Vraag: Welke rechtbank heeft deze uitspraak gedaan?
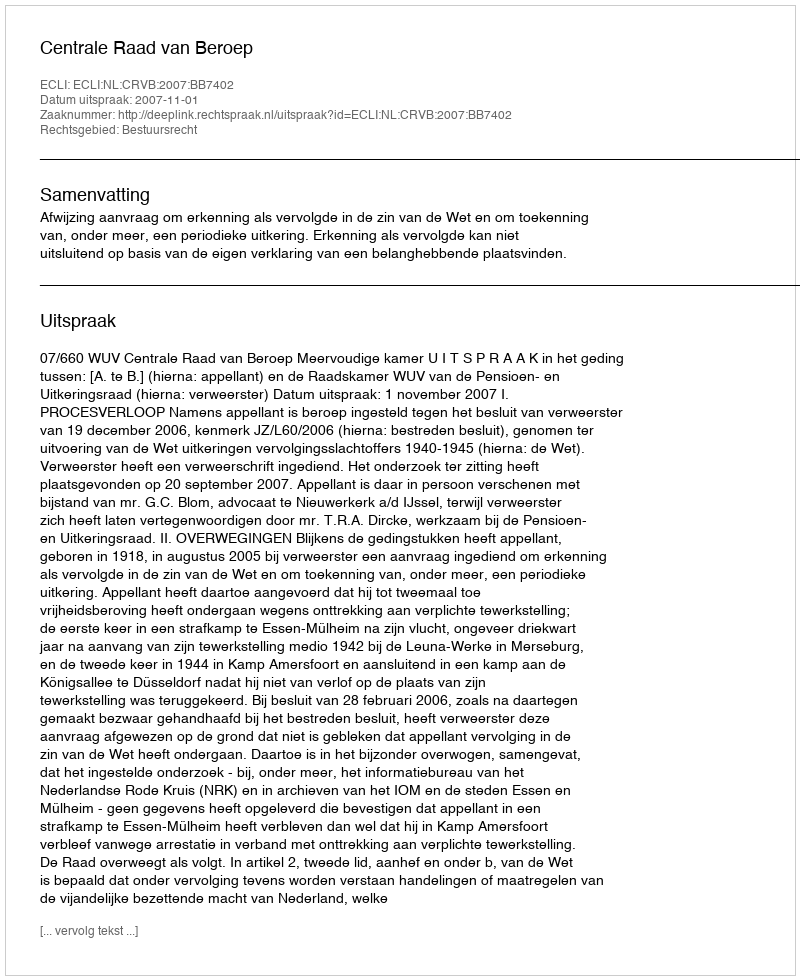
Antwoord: Centrale Raad van Beroep